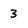
Character: 3